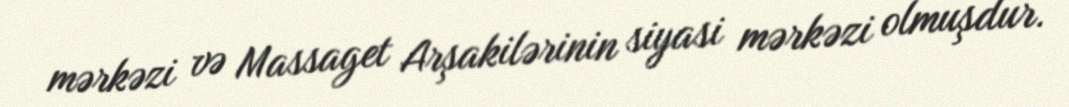
mərkəzi və Massaget Arşakilərinin siyasi mərkəzi olmuşdur.